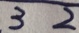
3 2